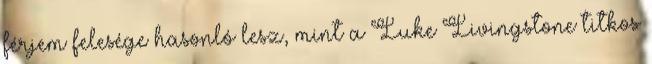
férjem felesége hasonló lesz, mint a Luke ​Livingstone titkos